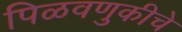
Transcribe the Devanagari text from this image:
पिळवणुकीचे